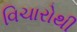
વિચારોથી